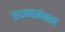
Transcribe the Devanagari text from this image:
स्थळासोबतच